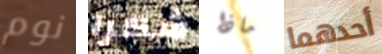
نوم شكرا ماذا أحدهما